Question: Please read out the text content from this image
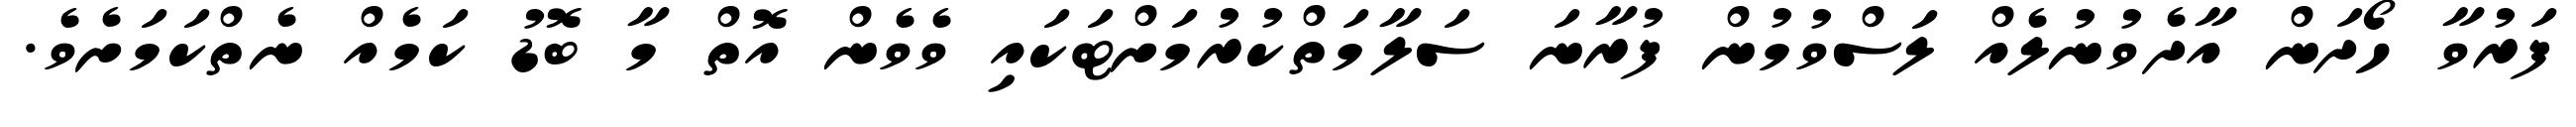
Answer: ފަރުވާ ހޯދަން އާދެވުނުލެއް ލަސްވުމުން ފުރާނަ ސަލާމަތްކުރުމަށްޓަކައި ވެވެން އޮތް މާ ބޮޑު ކަމެއް ނެތްކަމަށެވެ.